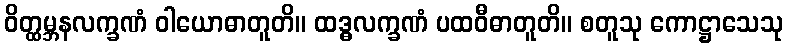
ဝိတ္ထမ္ဘနလက္ခဏံ ဝါယောဓာတူတိ။ ထဒ္ဓလက္ခဏံ ပထဝီဓာတူတိ။ စတူသု ကောဋ္ဌာသေသု